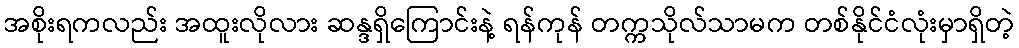
အစိုးရကလည်း အထူးလိုလား ဆန္ဒရှိကြောင်းနဲ့ ရန်ကုန် တက္ကသိုလ်သာမက တစ်နိုင်ငံလုံးမှာရှိတဲ့